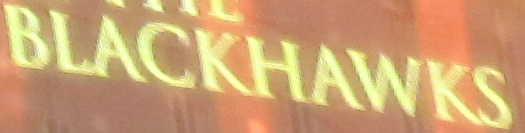
BLACKHAWKS